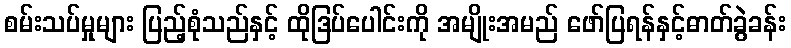
စမ်းသပ်မှုများ ပြည့်စုံသည်နှင့် ထိုဒြပ်ပေါင်းကို အမျိုးအမည် ဖော်ပြရန်နှင့်ဓာတ်ခွဲခန်း